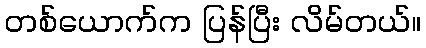
တစ်ယောက်က ပြန်ပြီး လိမ်တယ်။